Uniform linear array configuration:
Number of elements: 48
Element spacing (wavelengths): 0.75
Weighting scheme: cosine
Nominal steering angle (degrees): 60
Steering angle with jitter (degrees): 59.802
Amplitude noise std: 0.05
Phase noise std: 0.05

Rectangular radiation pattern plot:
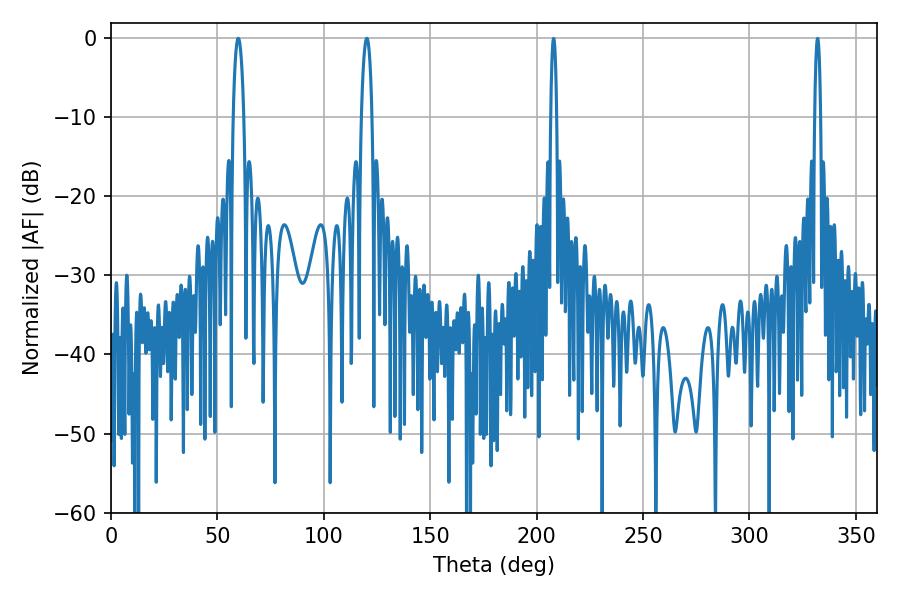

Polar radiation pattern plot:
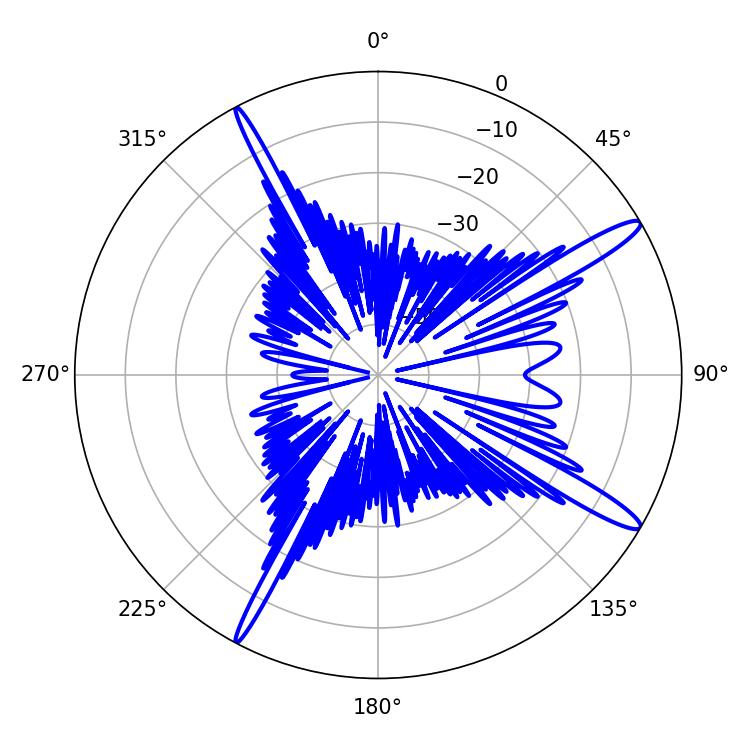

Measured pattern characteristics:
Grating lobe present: TRUE
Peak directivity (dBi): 14.749
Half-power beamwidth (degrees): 2.7
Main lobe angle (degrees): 59.76